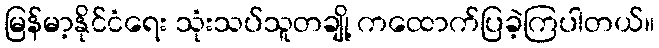
မြန်မာ့နိုင်ငံရေး သုံးသပ်သူတချို့ ကထောက်ပြခဲ့ကြပါတယ်။